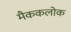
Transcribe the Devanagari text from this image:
मैककलोक